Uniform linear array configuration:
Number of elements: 32
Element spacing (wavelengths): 0.75
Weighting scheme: binomial
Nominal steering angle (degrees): -45
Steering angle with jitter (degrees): -45.901
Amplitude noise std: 0.05
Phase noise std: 0.05

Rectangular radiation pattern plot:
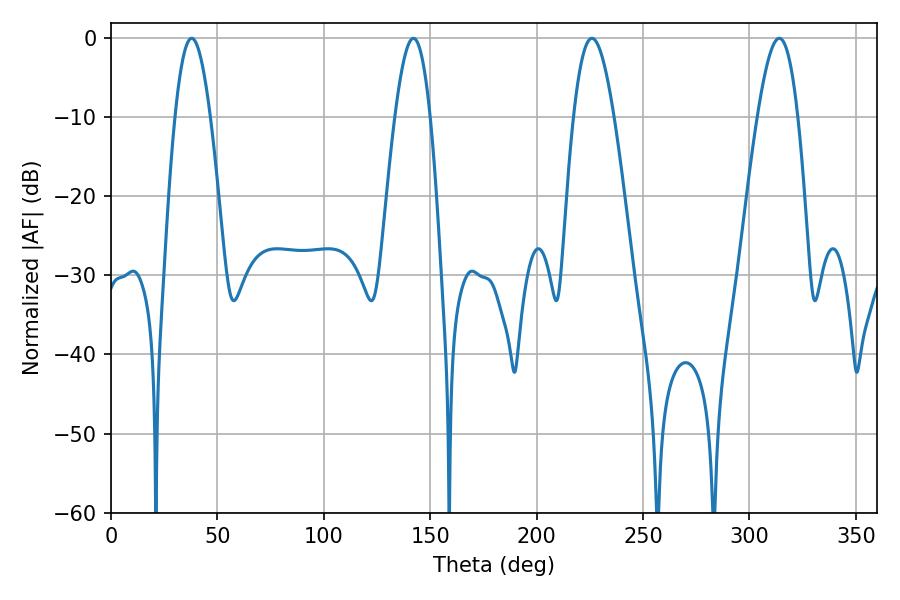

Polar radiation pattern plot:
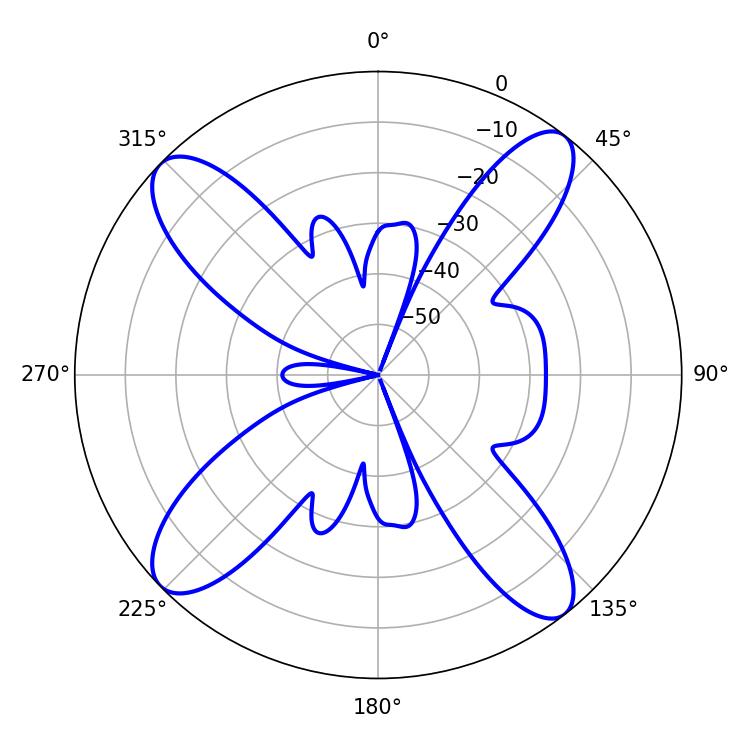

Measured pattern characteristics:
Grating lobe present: TRUE
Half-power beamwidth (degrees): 10.26
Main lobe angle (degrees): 225.9